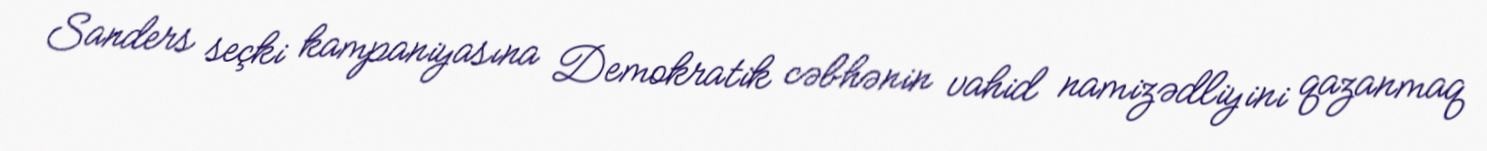
Sanders seçki kampaniyasına Demokratik cəbhənin vahid namizədliyini qazanmaq